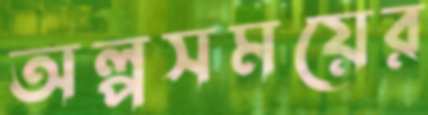
অল্পসময়ের